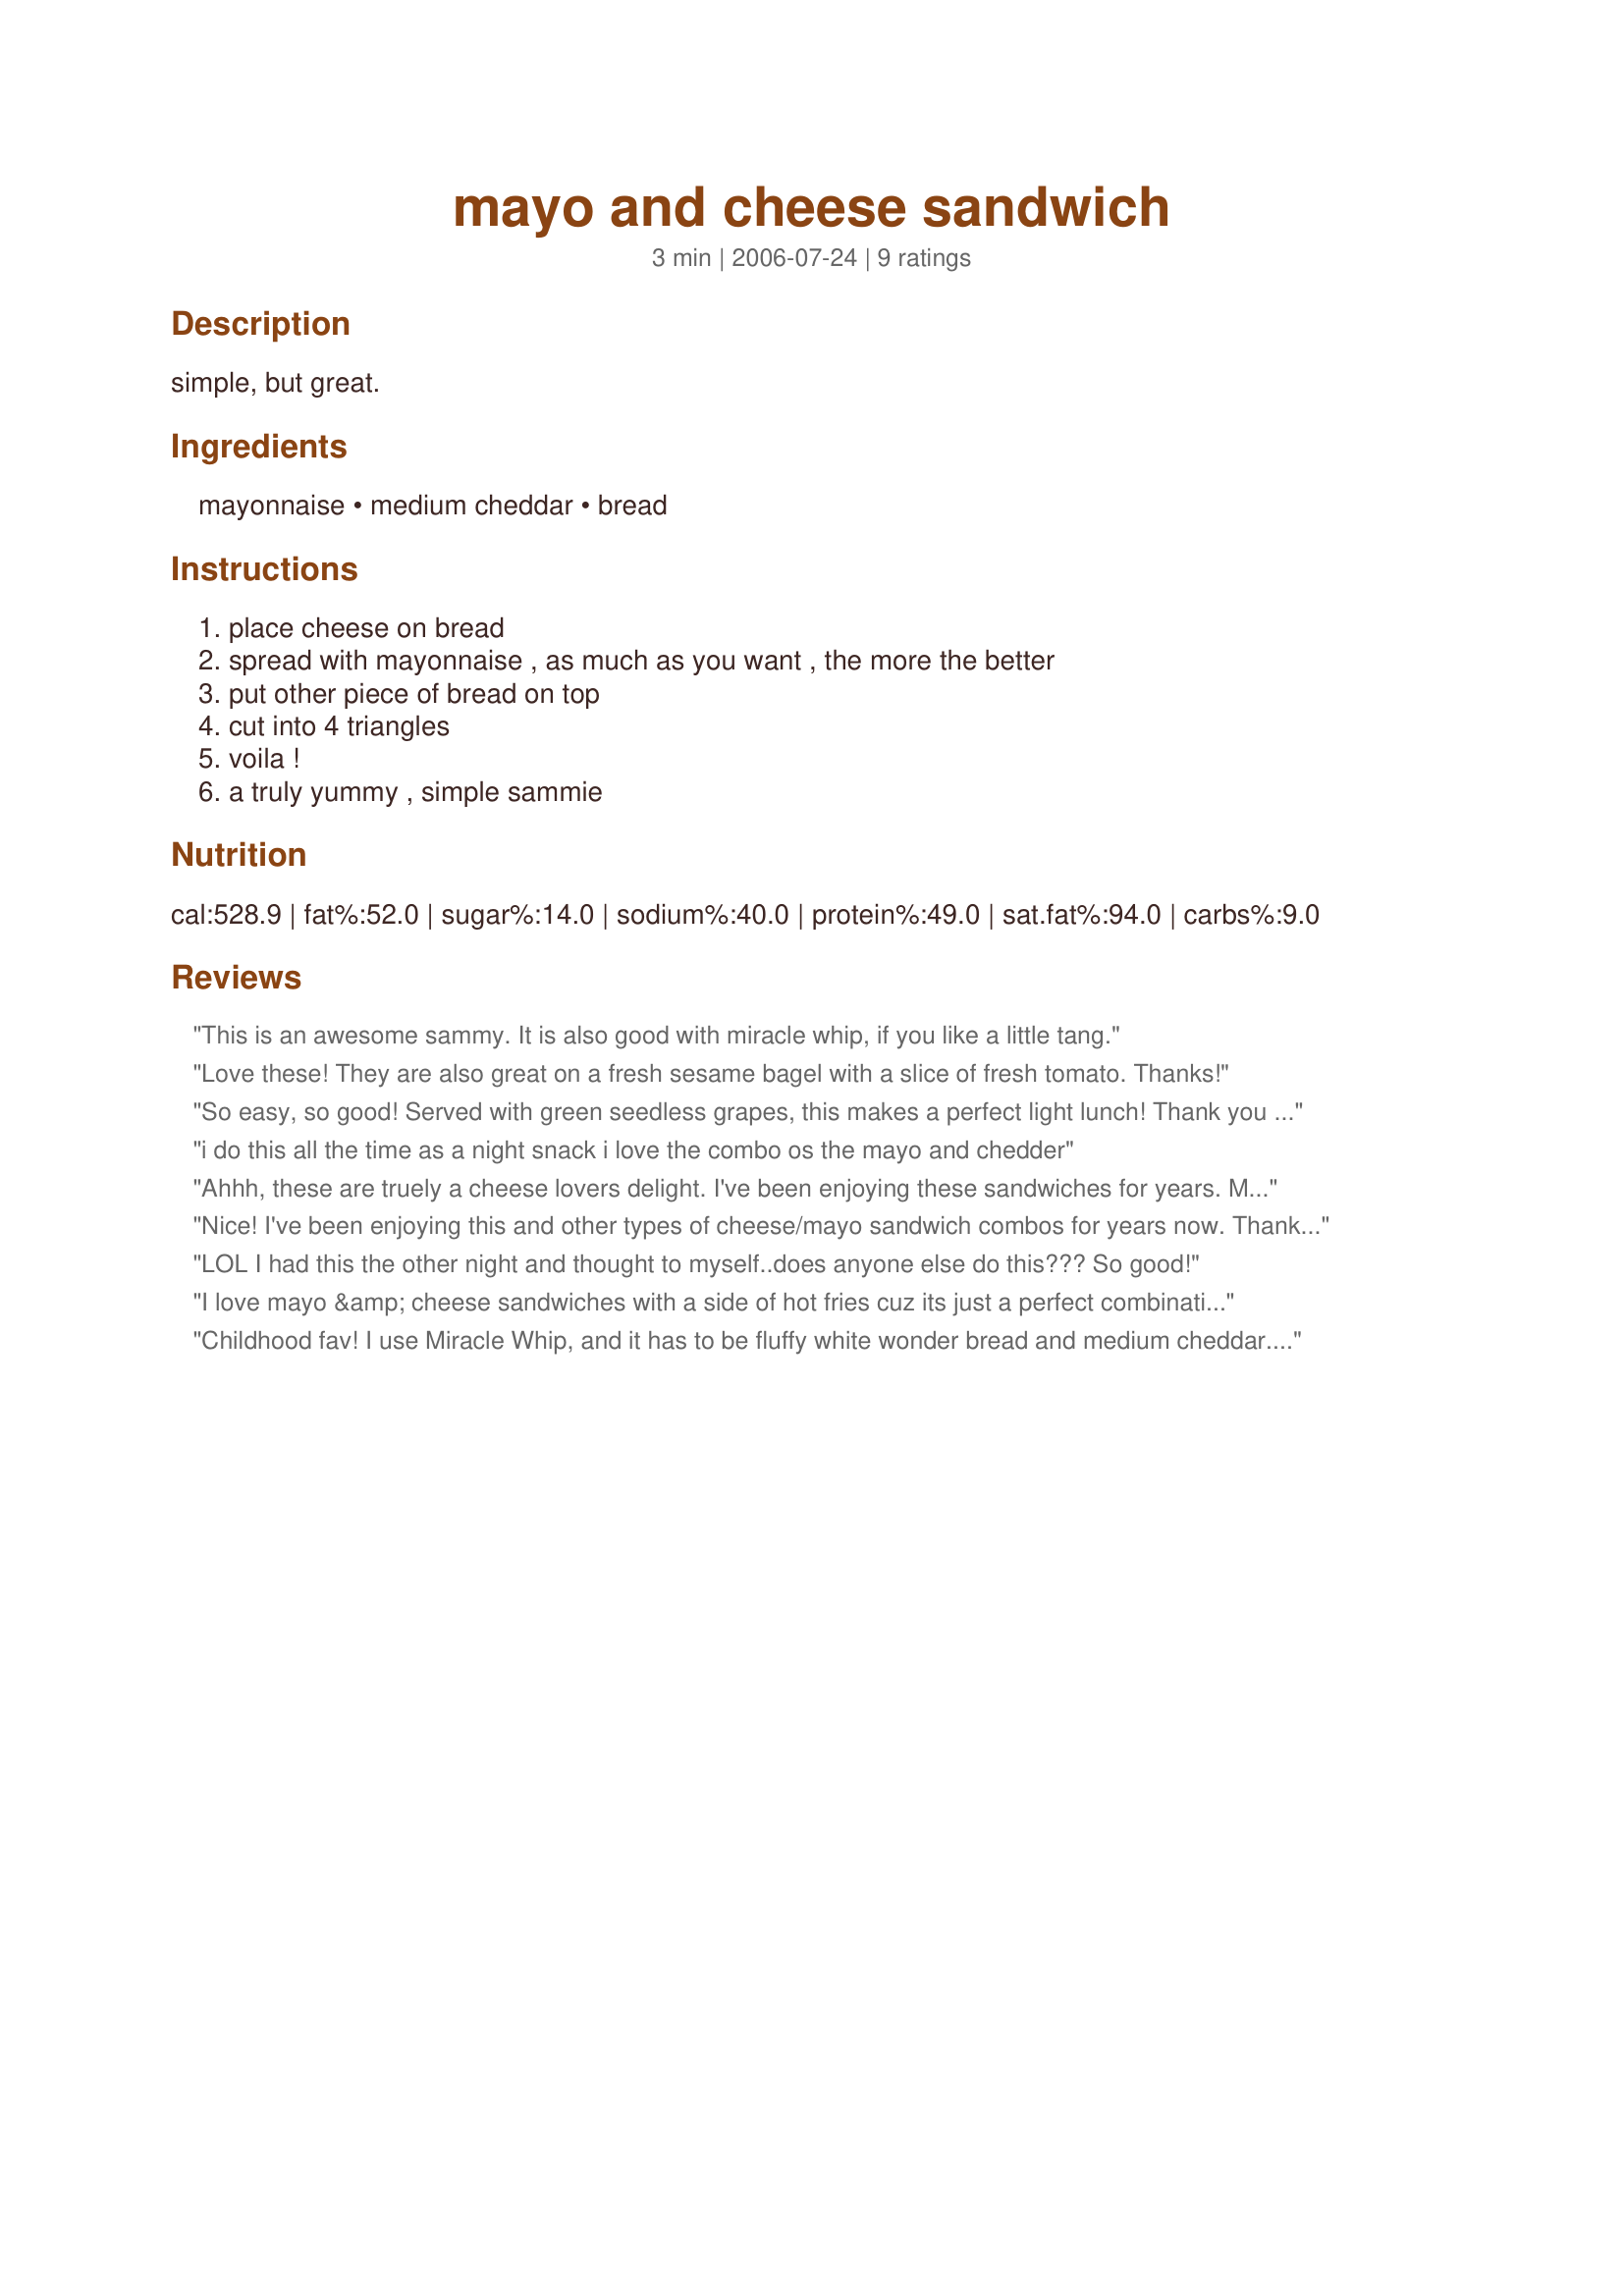
mayo and cheese sandwich
Preparation time: 3 minutes

simple, but great.

Ingredients:
mayonnaise, medium cheddar, bread

Steps:
place cheese on bread, spread with mayonnaise , as much as you want , the more the better, put other piece of bread on top, cut into 4 triangles, voila !, a truly yummy , simple sammie

Reviews:
This is an awesome sammy. It is also good with miracle whip, if you like a little tang.
Love these! They are also great on a fresh sesame bagel with a slice of fresh tomato. Thanks!
So easy, so good! Served with green seedless grapes, this makes a perfect light lunch! Thank you Pixie! I'm so glad I picked you for the Pick a Chef game!
i do this all the time as a night snack i love the combo os the mayo and chedder
Ahhh, these are truely a cheese lovers delight. I've been enjoying these sandwiches for years. Mayonnaise, in my opinon is a must for the spread; following that, the options are many. It's hard to choose really, but I think my favorite way to prepare these is as a toasted cheese sandwich with a nice thick slice of tomato and with slices of avocado added, it's decadent -- my opinion of course.
Nice! I've been enjoying this and other types of cheese/mayo sandwich combos for years now. Thanks for posting.
LOL I had this the other night and thought to myself..does anyone else do this??? So good!
I love mayo &amp; cheese sandwiches with a side of hot fries cuz its just a perfect combination to me yum.
Childhood fav! I use Miracle Whip, and it has to be fluffy white wonder bread and medium cheddar. So simple, but so good.
